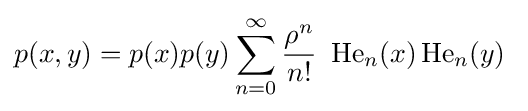
p(x,y)=p(x)p(y)\sum _{n=0}^{\infty }{\frac {\rho ^{n}}{n!}}~\operatorname {He} _{n}(x)\operatorname {He} _{n}(y)~